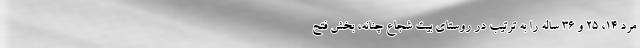
مرد ۱۴، ۲۵ و ۳۶ ساله را به ترتیب در روستای بیت شجاع چنانه، بخش فتح